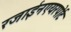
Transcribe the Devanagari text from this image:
रजाईनएयरपोर्ट